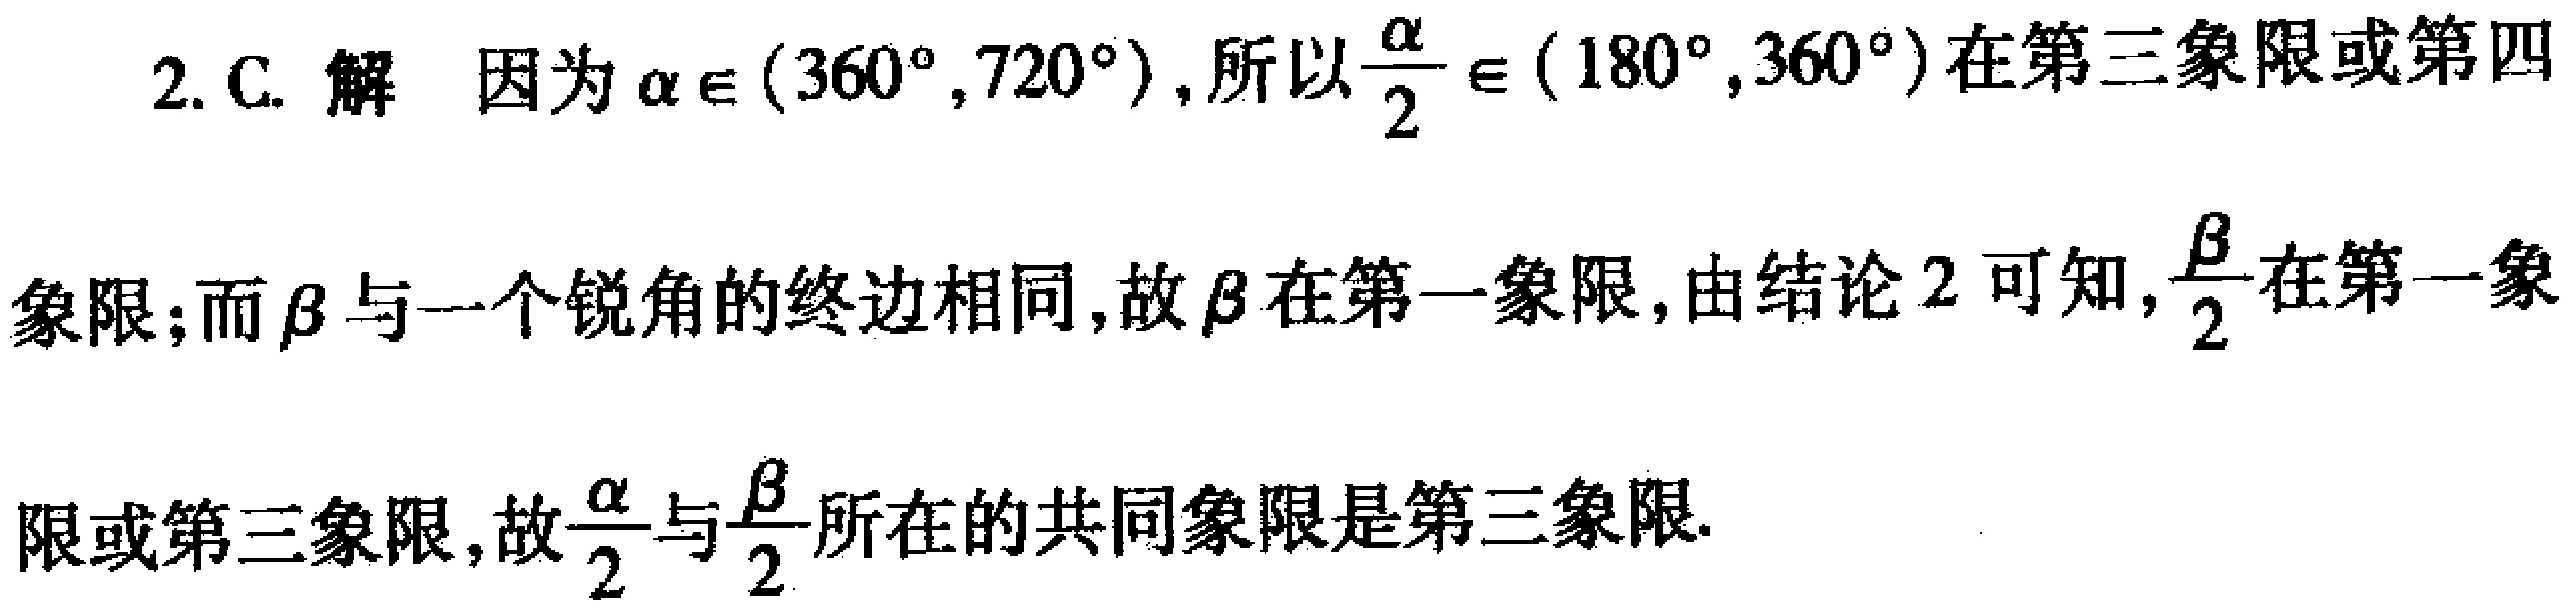
2. C. 解 因为\(\alpha\in(360^{\circ},720^{\circ})\), 所以\(\frac{\alpha}{2}\in(180^{\circ},360^{\circ})\)在第三象限或第四象限; 而\(\beta\)与一个锐角的终边相同, 故\(\beta\)在第一象限, 由结论 2 可知, \(\frac{\beta}{2}\)在第一象限或第三象限, 故\(\frac{\alpha}{2}\)与\(\frac{\beta}{2}\)所在的共同象限是第三象限.